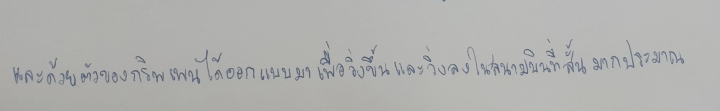
และด้วยตัวของกริพเพนได้ออกแบบมาเพื่อวิ่งขึ้นและวิ่งลงในสนามบินที่สั้นมากประมาณ